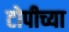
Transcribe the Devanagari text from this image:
टोपीच्या